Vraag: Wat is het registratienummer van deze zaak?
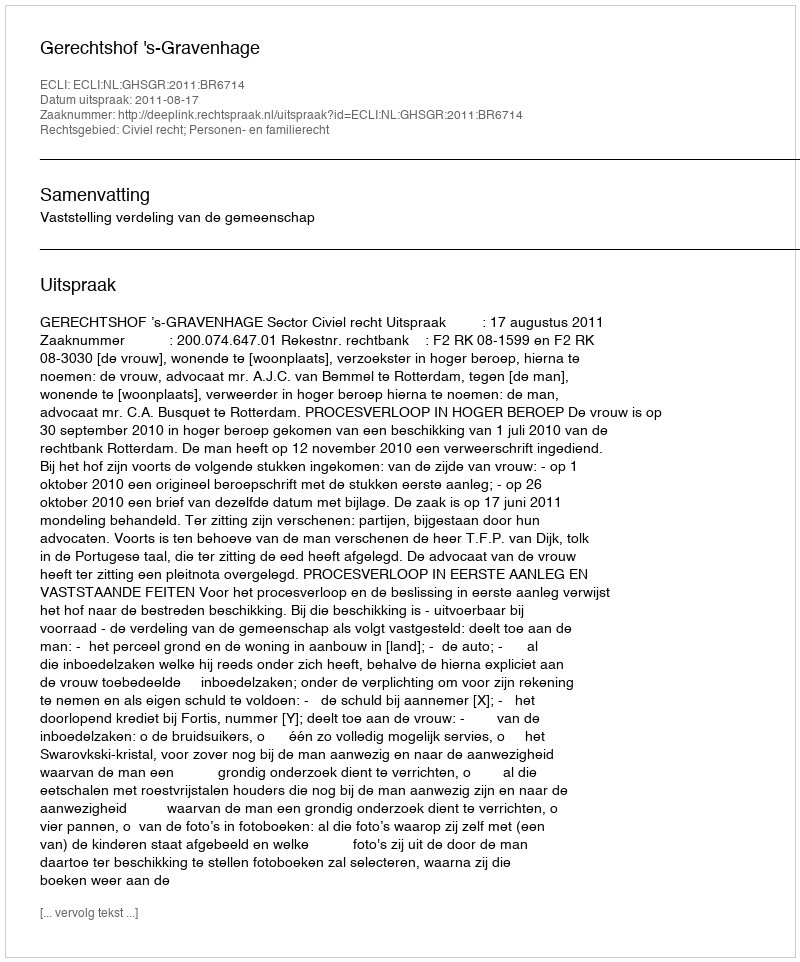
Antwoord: http://deeplink.rechtspraak.nl/uitspraak?id=ECLI:NL:GHSGR:2011:BR6714